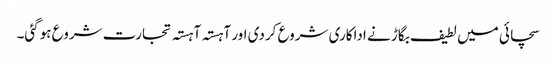
سچائی میں لطیف بگاڑ نے اداکاری شروع کردی اور آہستہ آہستہ تجارت شروع ہوگئی۔